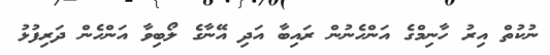
ނުކުތް އިރު ހާނިމްގެ އަންހެނުން ރައިބާ އަދި އޭނާގެ ލޯބިވާ އަންހެން ދަރިފުޅު